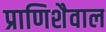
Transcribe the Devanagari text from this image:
प्राणिशैवाल